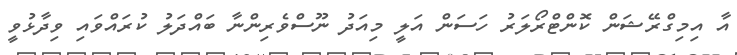
އާ އިމިގްރޭޝަން ކޮންޓްރޯލަރު ހަސަން އަލީ މިއަދު ނޫސްވެރިންނާ ބައްދަލު ކުރައްވައި ވިދާޅުވީ